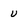
Character: v